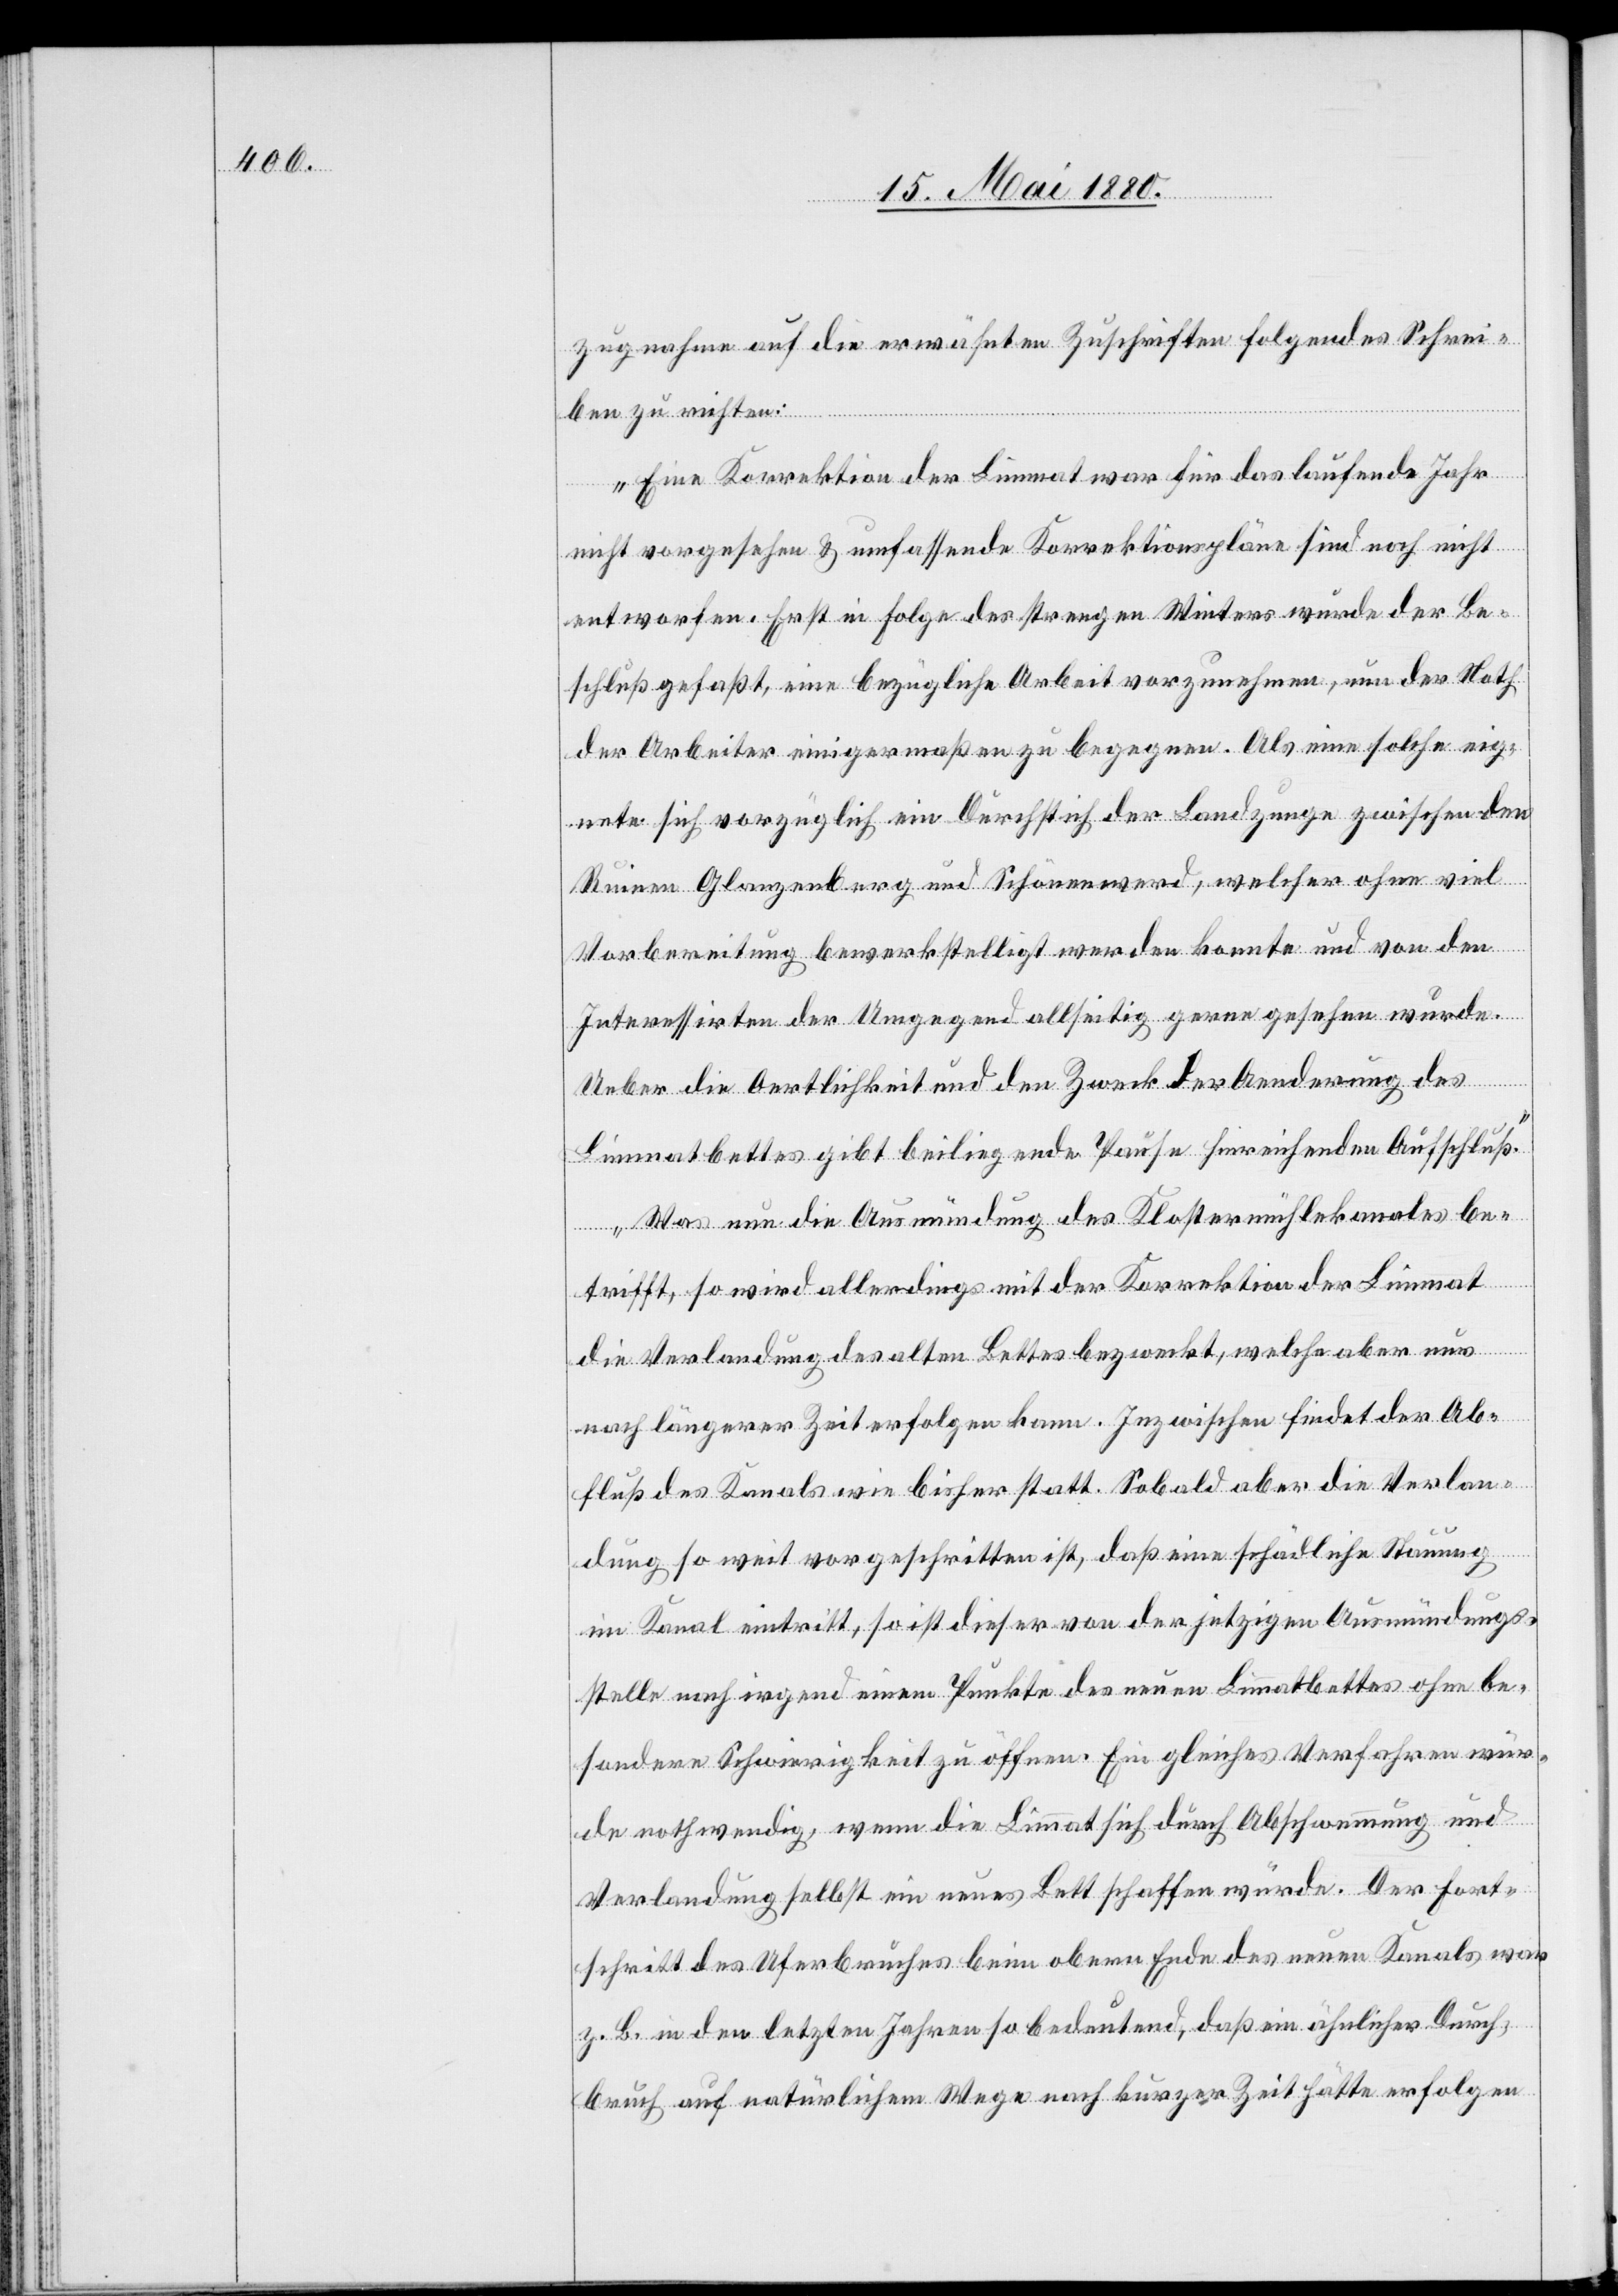
zugnahme auf die erwähnten Zuschriften folgendes Schrei¬
ben zu richten:
„Eine Korrektion der Limmat war für das laufende Jahr
nicht vorgesehen & umfassende Korrektionspläne sind noch nicht
entworfen. Erst in Folge des strengen Winters wurde der Be¬
schluß gefaßt, eine bezügliche Arbeit vorzunehmen, um der Noth
der Arbeiter einigermaßen zu begegnen. Als eine solche eig¬
nete sich vorzüglich ein Durchstich der Landzunge zwischen den
Ruinen Glanzenberg und Schönenwerd, welcher ohne viel
Vorbereitung bewerkstelligt werden konnte und von den
Interessirten der Umgegend allseitig gerne gesehen wurde.
Ueber die Oertlichkeit und den Zweck der Aenderung des
Limmatbettes gibt beiliegende Pause hinreichenden Aufschluß.
Was nun die Ausmündung des Klostermühlekanales be¬
trifft, so wird allerdings mit der Korrektion der Limmat
die Verlandung des alten Bettes bezweckt, welche aber nur
nach längerer Zeit erfolgen kann. Inzwischen findet der Ab¬
fluß des Kanals wie bisher statt. Sobald aber die Verlan¬
dung so weit vorgeschritten ist, daß eine schädliche Stauung
im Kanal eintritt, so ist dieser von der jetzigen Ausmündungs¬
stelle nach irgend einem Punkte des neuen Limmatbettes ohne be¬
sondere Schwierigkeit zu öffnen. Ein gleiches Verfahren wür¬
de nothwendig, wenn die Limmat sich durch Abschwemmung und
Verlandung selbst ein neues Bett schaffen würde. Der Fort¬
schritt des Uferbruches beim obern Ende des neuen Kanals war
z. B. in den letzten Jahren so bedeutend, daß ein ähnlicher Durch¬
bruch auf natürlichem Wege nach kurzer Zeit hätte erfolgen